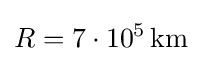
R=7\cdot 10^{5}\,{\rm {km}}